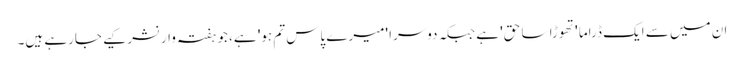
ان میں سے ایک ڈراما 'تھوڑا سا حق' ہے جبکہ دوسرا 'میرے پاس تم ہو' ہے، جو ہفتہ وار نشر کیے جارہے ہیں۔